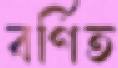
বর্ণিত